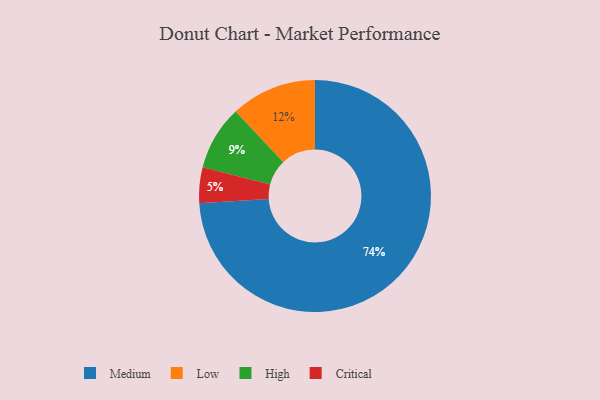
{"axis": {"x": "Category", "y": "Percentage"}, "legend": ["Critical", "High", "Low", "Medium"], "data": [{"x": "Medium", "y": 74, "type": "Medium"}, {"x": "Critical", "y": 5, "type": "Critical"}, {"x": "High", "y": 9, "type": "High"}, {"x": "Low", "y": 12, "type": "Low"}]}